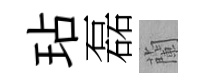
玷磊蘭